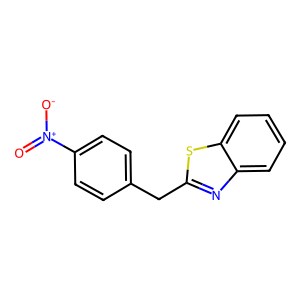
SMILES: O=[N+]([O-])c1ccc(Cc2nc3ccccc3s2)cc1
Inhibits HIV replication: No